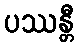
ပဿန္တီ